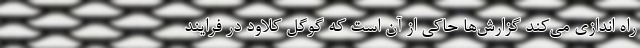
راه اندازی می‌کند گزارش‌ها حاکی از آن است که گوگل کلاود در فرایند